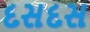
દસદસ